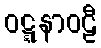
ဝဋ္ဋနာဝဠီ